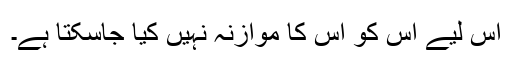
اس لیے اُس کو اِس کا موازنہ نہیں کیا جاسکتا ہے۔